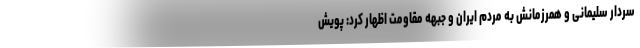
سردار سلیمانی و همرزمانش به مردم ایران و جبهه مقاومت اظهار کرد: پویش